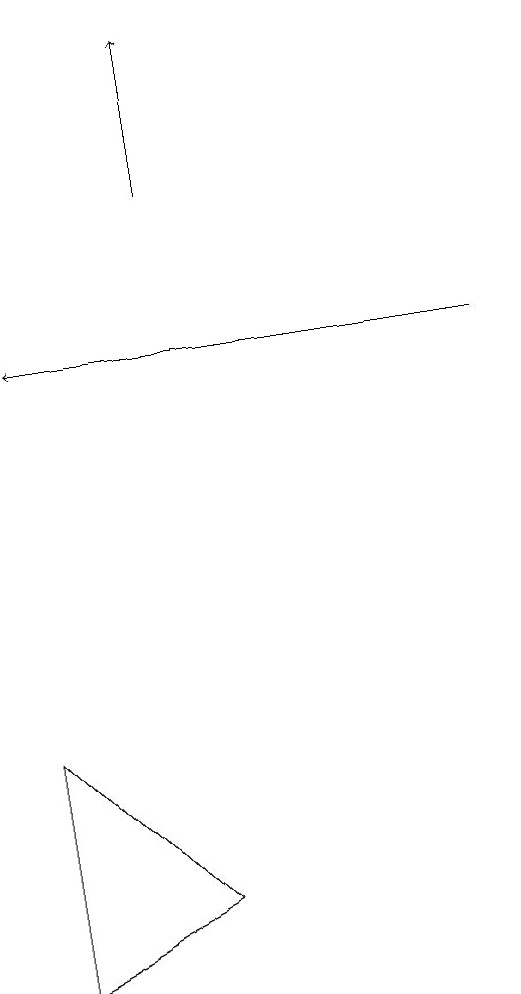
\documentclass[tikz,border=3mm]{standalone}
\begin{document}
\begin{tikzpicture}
\draw[->] (5,12) -- (5,14);
\draw[->] (9,10) -- (3,10);
\draw (3,2) -- (5,3) -- (3,5) -- cycle;
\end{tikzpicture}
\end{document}